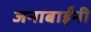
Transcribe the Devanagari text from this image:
जनाबाईंनी